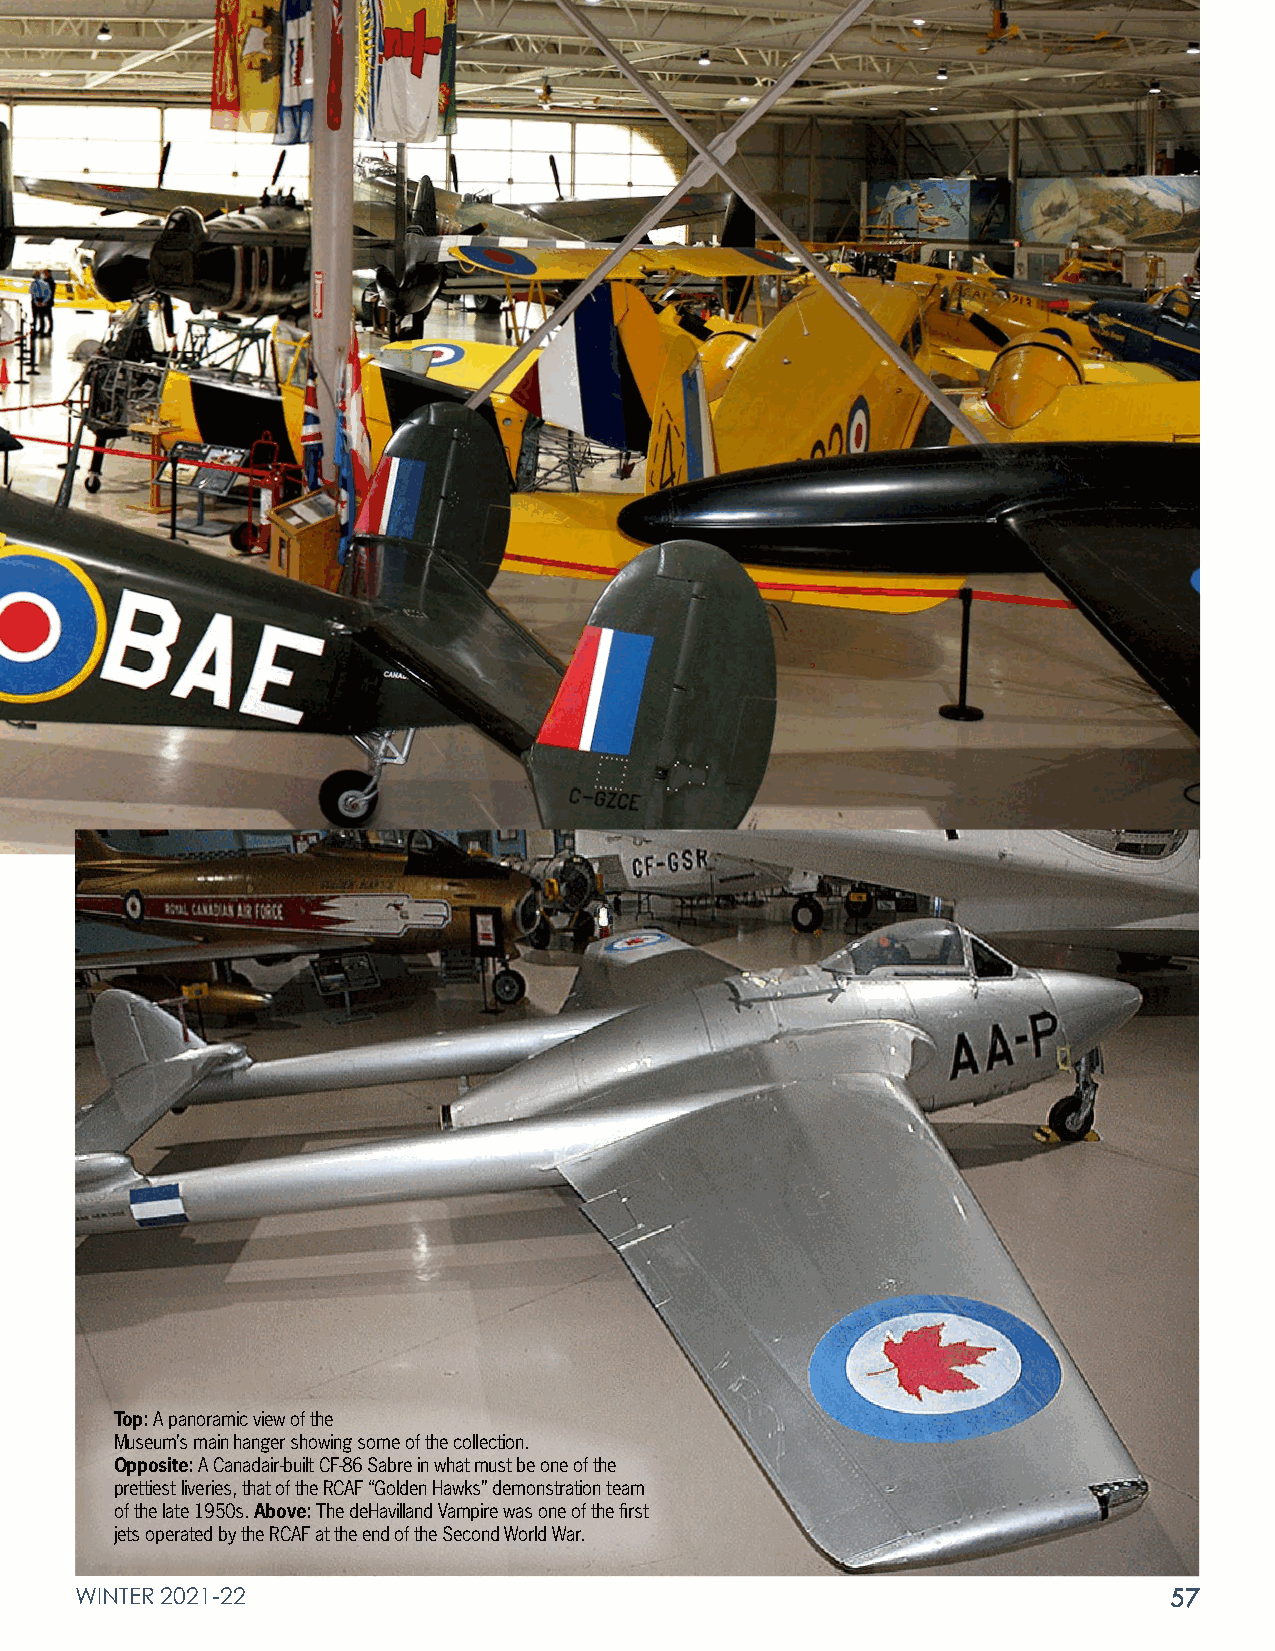
Top: A panoramic view of the
 Museum’s main hanger showing some of the collection.
 Opposite: A Canadair-built CF-86 Sabre in what must be one of the
 prettiest liveries, that of the RCAF “Golden Hawks” demonstration team
 of the late 1950s. Above: The deHavilland Vampire was one of the first
 jets operated by the RCAF at the end of the Second World War.
 WINTER 2021-22                                                          57